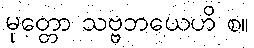
မုတ္တော သဗ္ဗဘယေဟိ စ။